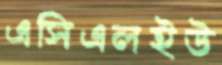
এসিএলইউ